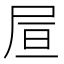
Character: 𡱌